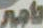
تأجير